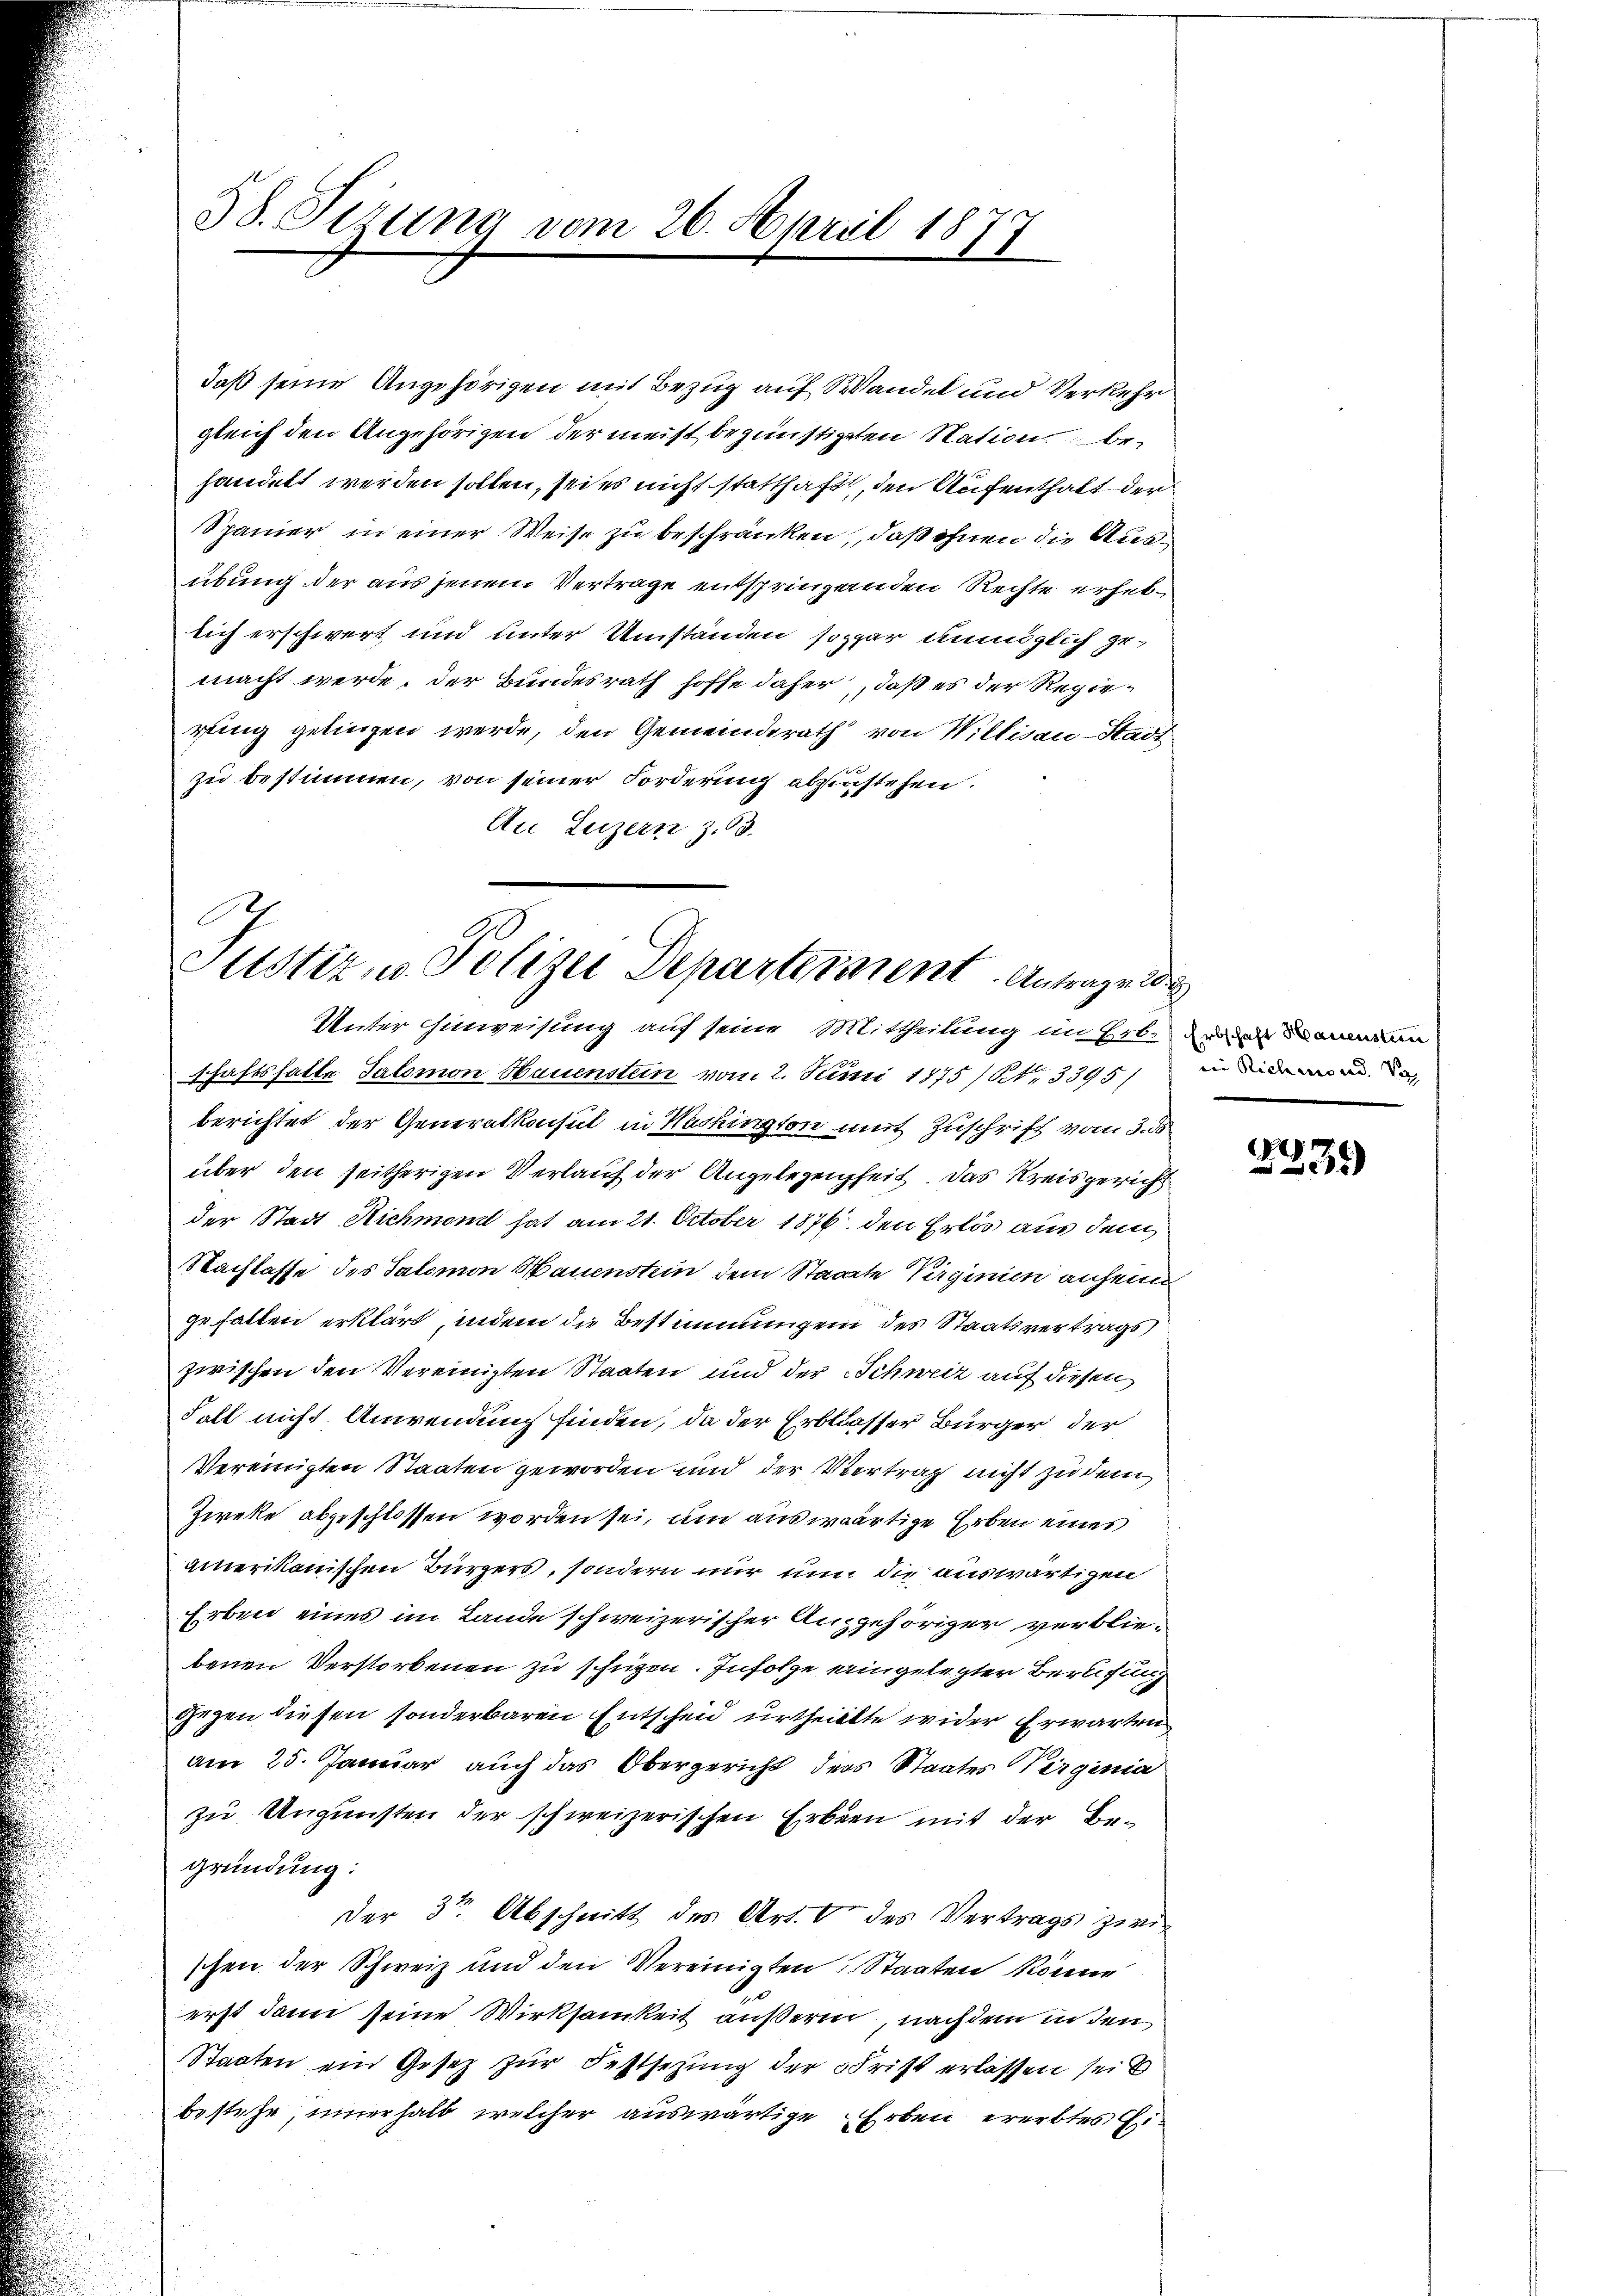
38. Sizung vom 26. April 187

daß seine Angehörigen mit Bezug auf Wandel und Verkehr
gleich den Angehörigen der meist begünstigten Nation behandelt werden sollen, sei es nicht statthaft, den Aufenthalt der
Spanier in einer Weise zu beschränken, daß ihnen die Ausübung der aus jenem Vertrage entspringenden Rechte erhebsich erschwert und unter Umständen sogar unmöglich gemacht werde, der Bundesrath hoffe daher, daß es der Regierung gelingen werde, den Gemeinderath von Willisau-Stadt
zu bestimmen, von seiner Forderung abzustehen.
An Luzern z. 3.

E
Justiz, u. Polizei Departement. Antrage de
Unter Einweisung auf seine Mittheilung im Erben demn

schaftshalte Salomon Hauensten vom 2. Juni 1875 / S. 3395/
berichtet der Generalkonsul in Washington mit Zuschrift vom 3. ds
über den seitherigen Verlauf der Angelegenheit. Das Kreisgericht
der Stadt Richmond hat am 21. October 1876. den Erlös aus dem
Nachlasse des Salomon Hauenstein dem Staate Virginien anheine
gefallen erklärt, indem die Bestimmungen des Staatsvertrags
zwischen den Vereinigten Staaten und der Schweiz auf diesen
Fall nicht Anwendung finden, da der Erblasser Bürger der
Vereinigten Staaten geworden und der Vertrag nicht zu dem
Zieke abgeschlossen worden sei, um auswärtige Erben eines
amerikanischen Bürgers, sondern nur nun die auswärtigen
Erben eines im Lande schweizerischer Angehöriger verbliebenen Verstorbenen zu schüzen. Infolge eigelegter Berufung
gegen diesen sonderbaren Entschend urtheilte wider Erwarten
am 25. Januar auch das Obergericht des Staates Virginia
zu Ungünsten der schweizerischen Erben mit der Begründung:
Der 3ten Abschnitt des Art. 6 des Vertrags zwischen der Schweiz und den Vereinigten Staaten könne
erst dann seine Wirksamkeit äußern, nachdem in den
Staaten ein Gesetz zur Festsetzung der Frist erlassen seit
bestehe, innerhalb welcher auswärtige Erben ererbtes Ei¬

in Richend. Si

2239